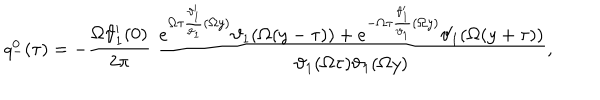
LaTeX: q _ { - } ^ { 0 } ( \tau ) = - \frac { \Omega \vartheta _ { 1 } ^ { \prime } ( 0 ) } { 2 \pi } ~ \frac { e ^ { \Omega \tau \frac { \vartheta _ { 1 } ^ { \prime } } { \vartheta _ { 1 } } ( \Omega y ) } \vartheta _ { 1 } ( \Omega ( y - \tau ) ) + e ^ { - \Omega \tau \frac { \vartheta _ { 1 } ^ { \prime } } { \vartheta _ { 1 } } ( \Omega y ) } \vartheta _ { 1 } ( \Omega ( y + \tau ) ) } { \vartheta _ { 1 } ( \Omega \tau ) \vartheta _ { 1 } ( \Omega y ) } ,